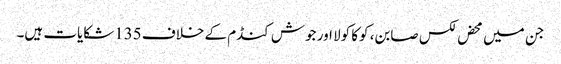
جن میں محض لکس صابن، کوکا کولا اور جوش کنڈم کے خلاف 135شکایات ہیں۔